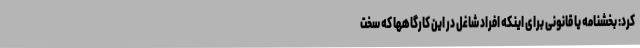
کرد: بخشنامه یا قانونی برای اینکه افراد شاغل در این کارگاهها که سخت